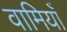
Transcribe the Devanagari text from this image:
वामियाँ